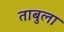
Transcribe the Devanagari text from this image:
ताबुला